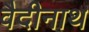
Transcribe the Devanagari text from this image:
वैदीनाथ